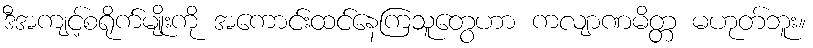
ဒီအကျင့်စရိုက်မျိုးကို အကောင်းထင်နေကြသူတွေဟာ ကလျာဏမိတ္တ မဟုတ်ဘူး။